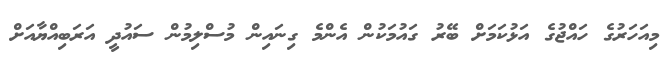
މިއަހަރުގެ ހައްޖުގެ އަޅުކަމަށް ބޭރު ގައުމަކުން އެންމެ ގިނައިން މުސްލިމުން ސައުދީ އަރަބިއްޔާއަށް